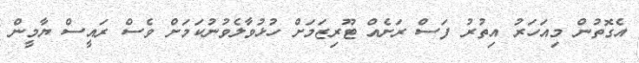
އެގޮތުން މިއަހަރު އިތުރު ފަސް ރަށެއް ޓޫރިޒަމަށް ހުޅުވާލެވުނުކަމަށް ވެސް ރައީސް ޔާމީން